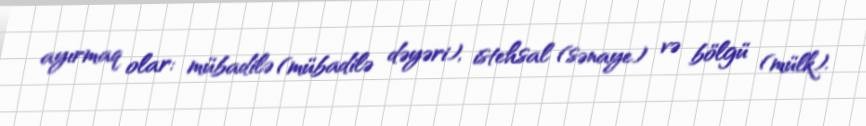
ayırmaq olar: mübadilə (mübadilə dəyəri), istehsal (sənaye) və bölgü (mülk).